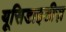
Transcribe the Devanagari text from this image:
यूसिडाइडीज़